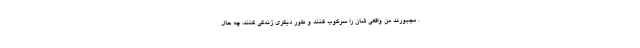
. مجبورند من واقعی شان را سرکوب کنند و طور دیگری زندگی کنند، چه حال